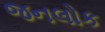
જનલોક